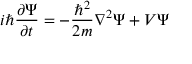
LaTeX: i \hbar { \frac { \partial \Psi } { \partial t } } = - { \frac { \hbar ^ { 2 } } { 2 m } } \nabla ^ { 2 } \Psi + V \Psi